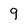
Character: 9